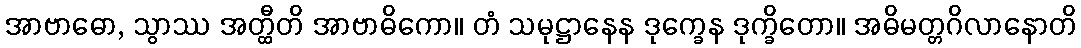
အာဗာဓော, သွာဿ အတ္ထီတိ အာဗာဓိကော။ တံ သမုဋ္ဌာနေန ဒုက္ခေန ဒုက္ခိတော။ အဓိမတ္တဂိလာနောတိ